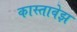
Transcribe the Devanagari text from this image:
कास्तावेझ